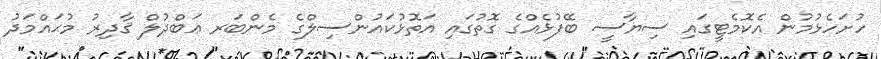
ހުށަހެޅުމުން އެކޮމެޓީގައި ސިޔާސީ ބޭފުޅެއްގެ ގޮތުގައި އަތޮޅުކައުންސިލްގެ މެންބަރ ޢަބްދުލް ޤާދިރު މުޙައްމަދު